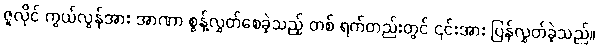
ဇူလိုင် ကွယ်လွန်အား အာဏာ စွန့်လွှတ်စေခဲ့သည့် တစ် ရက်တည်းတွင် ၎င်းအား ပြန်လွှတ်ခဲ့သည်။